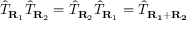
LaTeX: { \hat { T } } _ { \mathbf { R } _ { 1 } } { \hat { T } } _ { \mathbf { R } _ { 2 } } = { \hat { T } } _ { \mathbf { R } _ { 2 } } { \hat { T } } _ { \mathbf { R } _ { 1 } } = { \hat { T } } _ { \mathbf { R _ { 1 } + R _ { 2 } } }